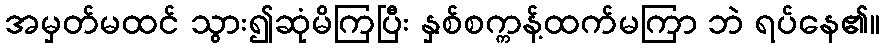
အမှတ်မထင် သွား၍ဆုံမိကြပြီး နှစ်စက္ကန့်ထက်မကြာ ဘဲ ရပ်နေ၏။